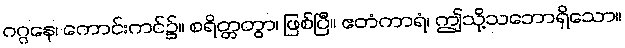
ဂဂ္ဂနေ၊ ကောင်းကင်၌။ စရိတ္တတွာ၊ ဖြစ်ပြီ။ ဧတံကာရံ၊ ဤသို့သဘောရှိသော။